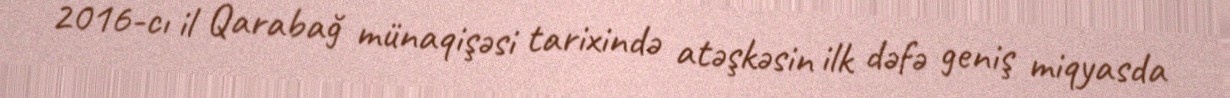
2016-cı il Qarabağ münaqişəsi tarixində atəşkəsin ilk dəfə geniş miqyasda